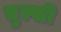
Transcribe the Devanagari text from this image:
तुल्सी